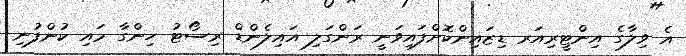
އެ ވިލާގެ އިންޓީރިއަރ ޑިޒައިންކޮށްފައިވަނީ ރަންގަލި އައިލެންޑް ރިސޯޓު ހިންގާ މައި ކުންފުނި